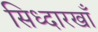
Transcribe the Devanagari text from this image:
सिध्दारखाँ